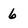
Character: 6